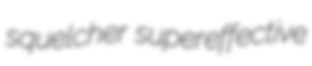
squelcher supereffective